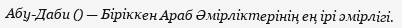
Абу-Даби () — Біріккен Араб Әмірліктерінің ең ірі әмірлігі.